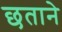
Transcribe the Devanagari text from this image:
छताने